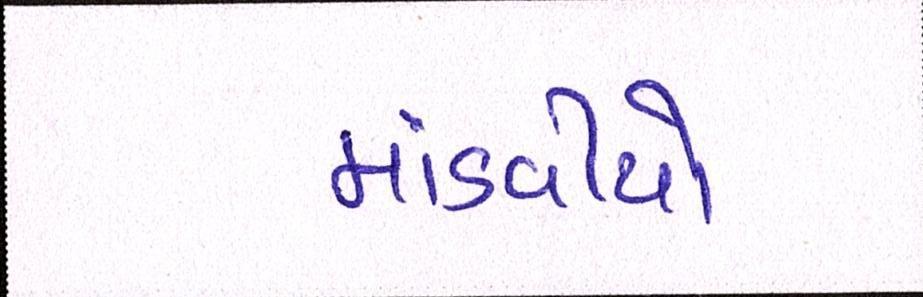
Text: માંડવીયો